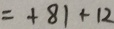
= + 8 1 + 1 2